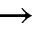
\to